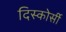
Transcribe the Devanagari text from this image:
दिस्कोर्सी